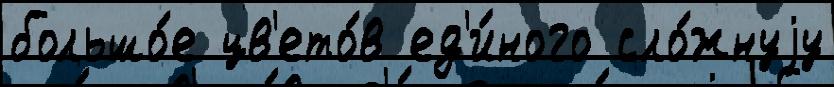
большо́е цв'ето́в ед'и́ного сло́жнуjу